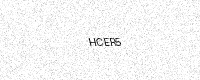
Text: HCER5